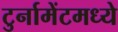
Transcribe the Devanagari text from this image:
टुर्नामेंटमध्ये